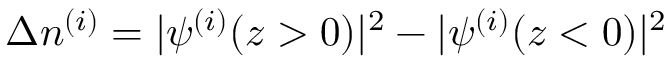
\Delta n ^ { ( i ) } = | \psi ^ { ( i ) } ( z > 0 ) | ^ { 2 } - | \psi ^ { ( i ) } ( z < 0 ) | ^ { 2 }